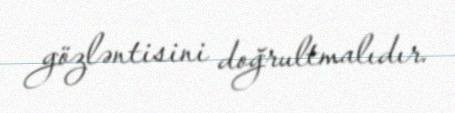
gözləntisini doğrultmalıdır.